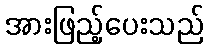
အားဖြည့်ပေးသည်